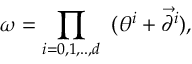
\omega = \prod _ { i = 0 , 1 , . . , d } \; \; ( \theta ^ { i } + \overrightarrow { \partial } ^ { i } ) , \nonumber